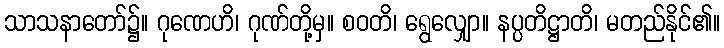
သာသနာတော်၌။ ဂုဏေဟိ၊ ဂုဏ်တို့မှ။ စဝတိ၊ ရွေလျှော။ နပ္ပတိဋ္ဌာတိ၊ မတည်နိုင်၏။